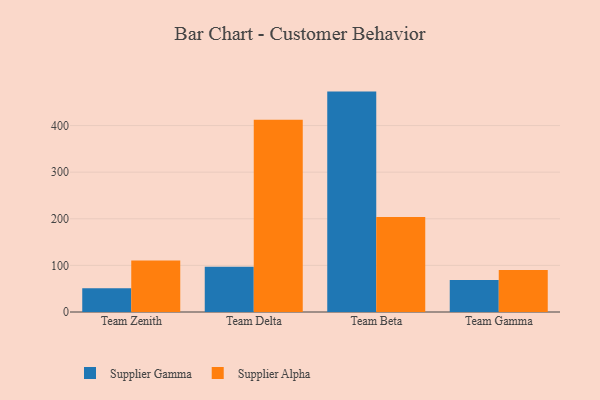
{"axis": {"x": "Team", "y": "Inventory Turnover"}, "legend": ["Supplier Alpha", "Supplier Gamma"], "data": [{"x": "Team Zenith", "y": 51.1, "type": "Supplier Gamma"}, {"x": "Team Zenith", "y": 110.6, "type": "Supplier Alpha"}, {"x": "Team Delta", "y": 97.3, "type": "Supplier Gamma"}, {"x": "Team Delta", "y": 412.5, "type": "Supplier Alpha"}, {"x": "Team Beta", "y": 472.9, "type": "Supplier Gamma"}, {"x": "Team Beta", "y": 203.9, "type": "Supplier Alpha"}, {"x": "Team Gamma", "y": 68.6, "type": "Supplier Gamma"}, {"x": "Team Gamma", "y": 90.3, "type": "Supplier Alpha"}]}